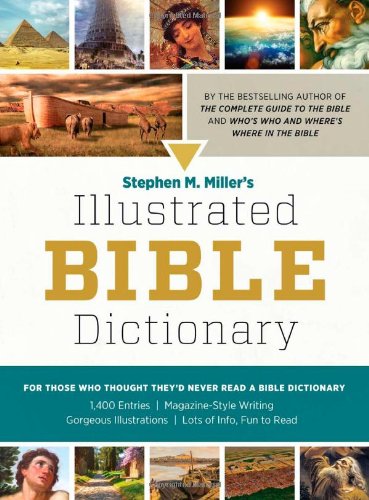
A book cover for Stephen M. Miller's Illustrated Bible Dictionary; Stephen M. Miller; Christian Books & Bibles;